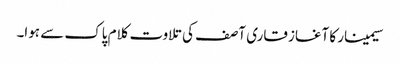
سیمینار کا آغاز قاری آصف کی تلاوت کلام پاک سے ہوا۔